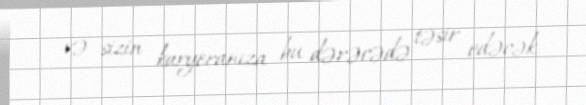
və sizin karyeranıza bu dərəcədə təsir edəcək.